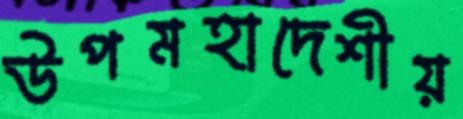
উপমহাদেশীয়